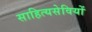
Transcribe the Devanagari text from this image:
साहित्यसेवियों